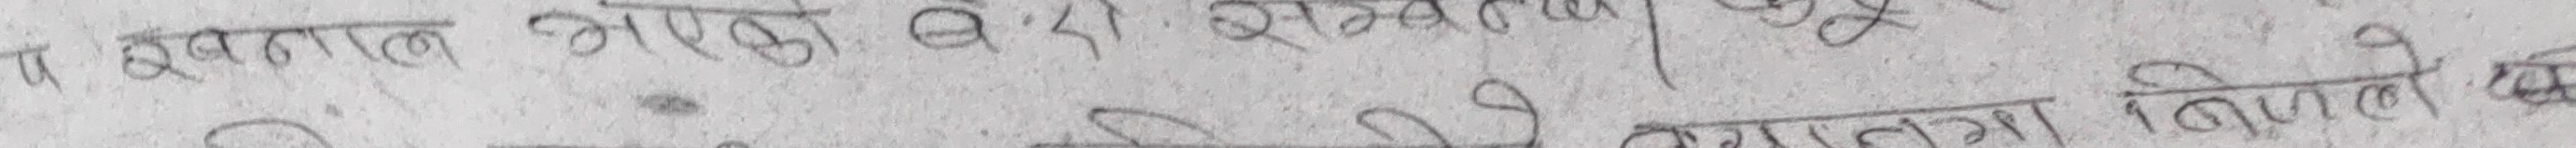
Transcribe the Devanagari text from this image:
व हुवानल भएको बेरी स्तरणो कूरू के त्यसतो निष्पले दि